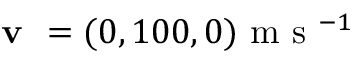
\textbf { v } = ( 0 , 1 0 0 , 0 ) \textrm { m s } ^ { - 1 }